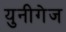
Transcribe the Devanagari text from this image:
युनीगेज